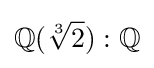
\mathbb {Q} ({\sqrt[{3}]{2}}):\mathbb {Q}